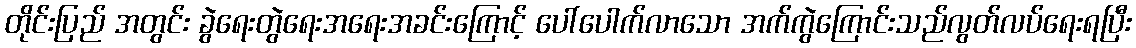
တိုင်းပြည် အတွင်း ခွဲရေးတွဲရေးအရေးအခင်းကြောင့် ပေါ်ပေါက်လာသော အက်ကွဲကြောင်းသည်လွတ်လပ်ရေးရပြီး